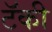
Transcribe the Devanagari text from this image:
टॅकी